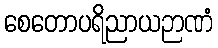
စေတောပရိညာယဉာဏံ